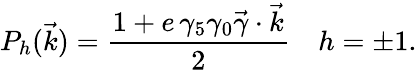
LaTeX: P_{h}(\vec{k})=\frac{1+e\, \gamma_{5}\gamma_{0}\vec{\gamma}\cdot{\vec{k}}}{2}~~~~h=\pm 1.